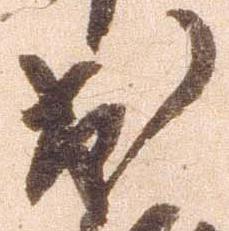
出